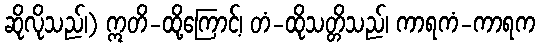
ဆိုလိုသည်၊) ဣတိ-ထို့ကြောင့်၊ တံ-ထိုသတ္တိသည်၊ ကာရကံ-ကာရက